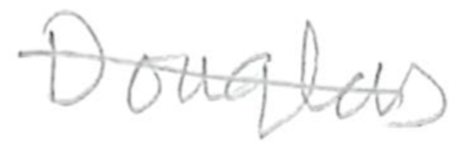
Text: Douglas
Cross-out: diagonal
Writing tool: pencil